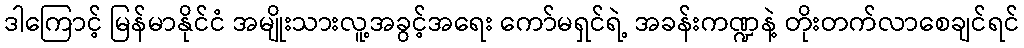
ဒါကြောင့် မြန်မာနိုင်ငံ အမျိုးသားလူ့အခွင့်အရေး ကော်မရှင်ရဲ့ အခန်းကဏ္ဍနဲ့ တိုးတက်လာစေချင်ရင်